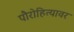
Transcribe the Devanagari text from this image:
पौरोहित्यावर